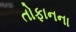
તોફાનના